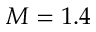
M = 1 . 4